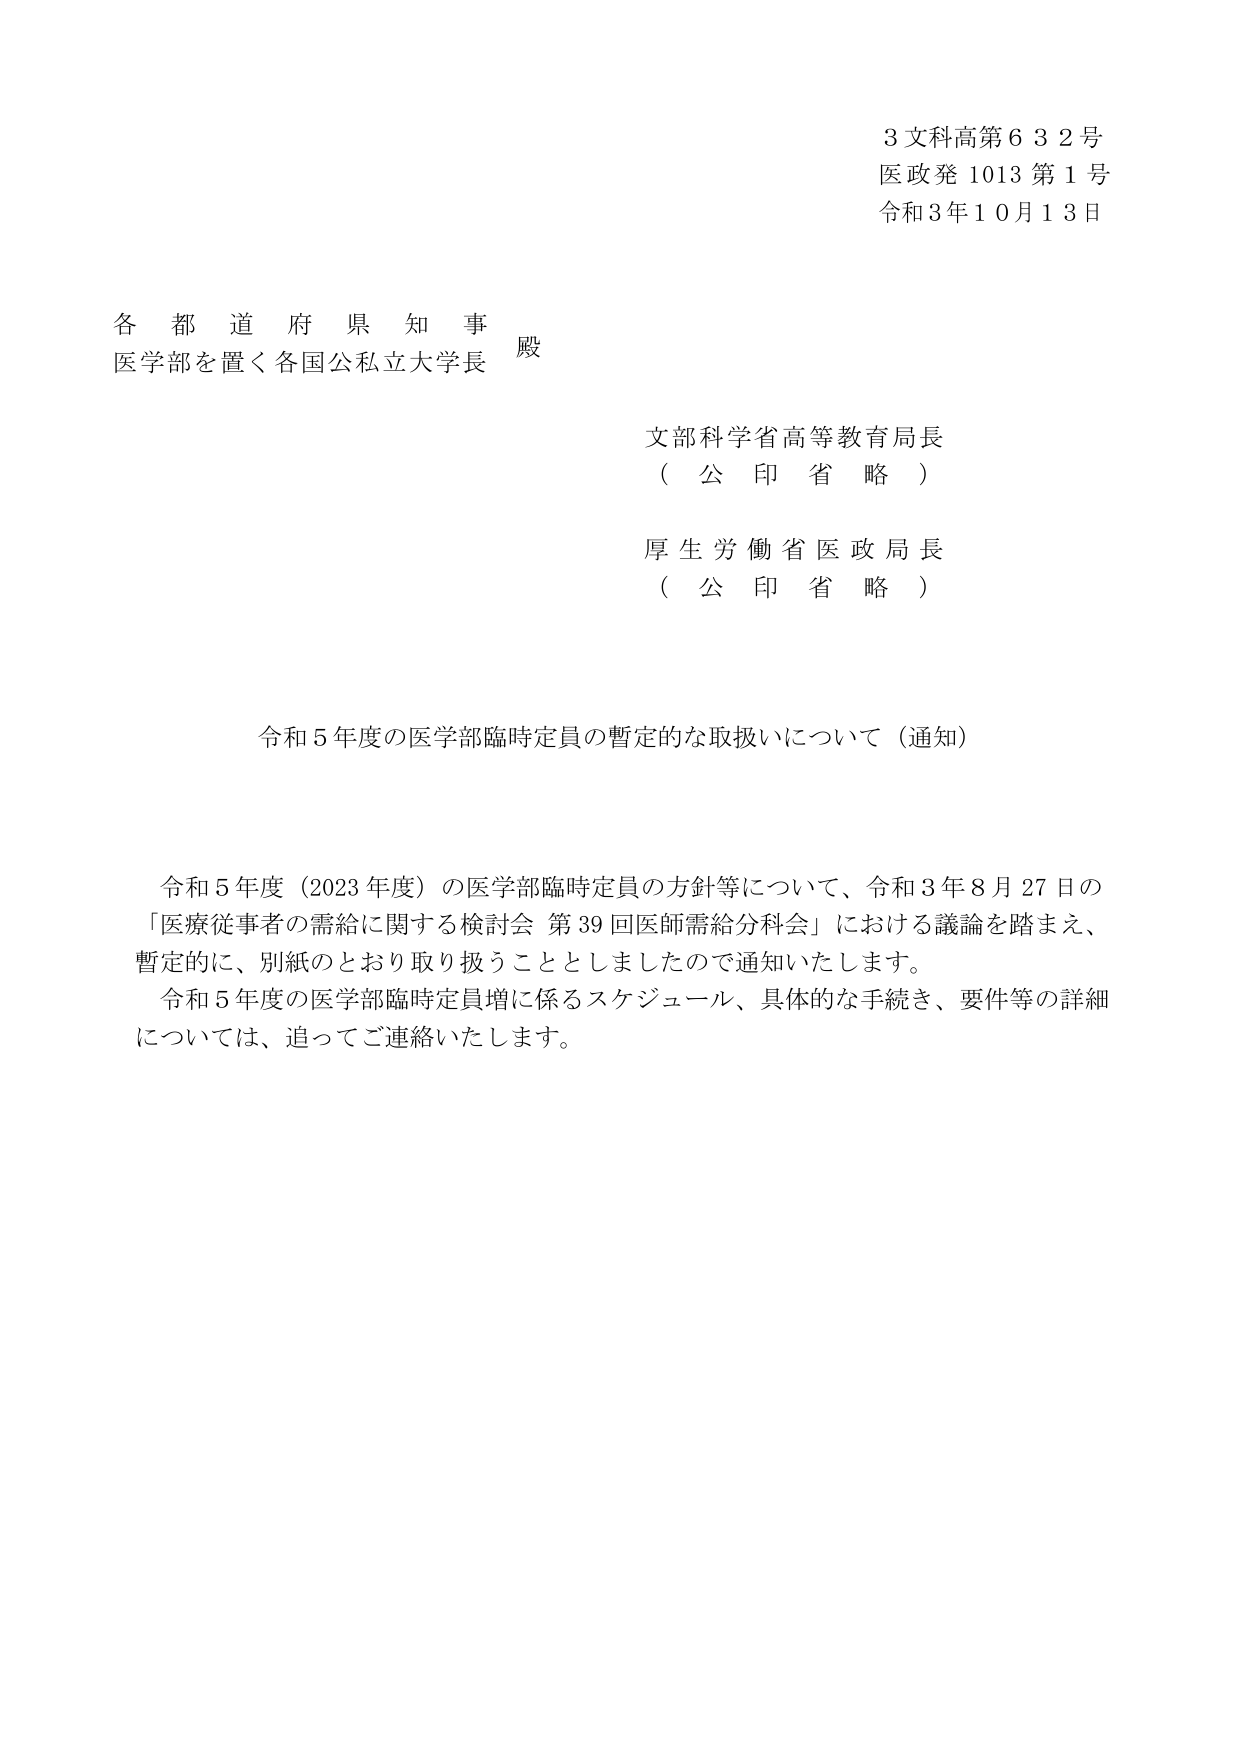
3文科高第632号
医政発1013第1号
令和3年10月13日

各都道府県知事 殿
医学部を置く各国公私立大学長

文部科学省高等教育局長
（公印省略）

厚生労働省医政局長
（公印省略）

令和5年度の医学部臨時定員の暫定的な取扱いについて（通知）

令和5年度（2023年度）の医学部臨時定員の方針等について、令和3年8月27日の
「医療従事者の需給に関する検討会 第39回医師需給分科会」における議論を踏まえ、
暫定的に、別紙のとおり取り扱うこととしましたので通知いたします。
令和5年度の医学部臨時定員増に係るスケジュール、具体的な手続き、要件等の詳細
については、追ってご連絡いたします。